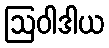
ဩဝါဒါယ